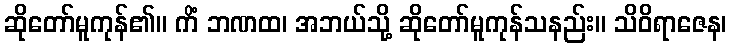
ဆိုတော်မူကုန်၏။ ကိံ ဘဏထ၊ အဘယ်သို့ ဆိုတော်မူကုန်သနည်း။ သိဝိရာဇေန၊